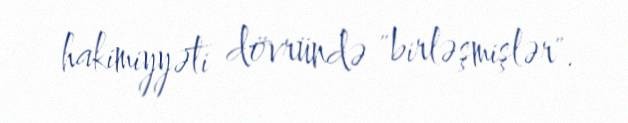
hakimiyyəti dövründə "birləşmişlər".